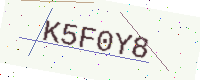
Text: K5F0Y8